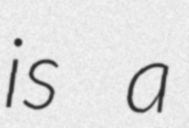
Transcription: is a